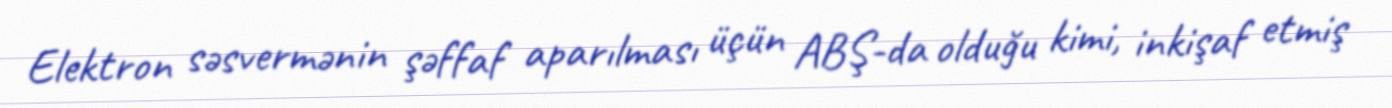
Elektron səsvermənin şəffaf aparılması üçün ABŞ-da olduğu kimi, inkişaf etmiş